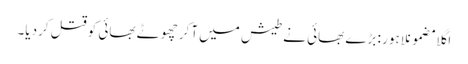
اگلا مضمونلاہور : بڑے بھائی نے طیش میں آکر چھوٹے بھائی کو قتل کردیا۔